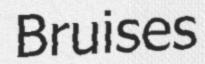
Bruises